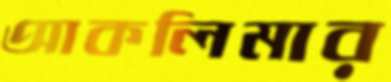
আকলিমার